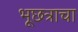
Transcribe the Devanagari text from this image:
भूछत्राचा